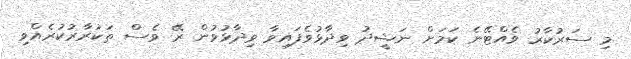
މި ސަރުކާރު ވެއްޓޭނެ ކަމަށް ނަޝީދު ވިދާޅުވެފައިވާ ވިދާޅުވުން ރޭ ވެސް ތަކުރާރުކުރެއްވި